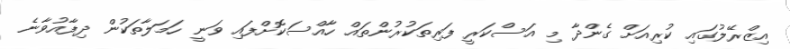
އިޒްރޭލުގައި ކުރިއަށް ގެންދާ މި އަސްކަރީ ފަރިތަކުރުންތައް ހާއްސަކޮށްފައި ވަނީ ހަމަލާތަކުން ދިފާއުވާނެ